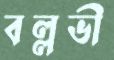
বল্লভী